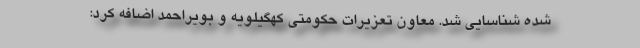
شده شناسایی شد. معاون تعزیرات حکومتی کهگیلویه و بویراحمد اضافه کرد: